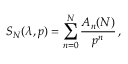
S _ { N } ( \lambda , p ) = \sum _ { n = 0 } ^ { N } { \frac { A _ { n } ( N ) } { p ^ { n } } } \, ,